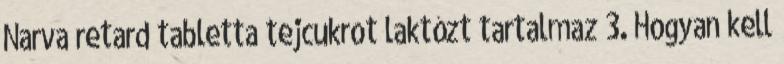
Narva retard tabletta tejcukrot laktózt tartalmaz 3. Hogyan kell